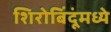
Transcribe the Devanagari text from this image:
शिरोबिंदूंमध्ये